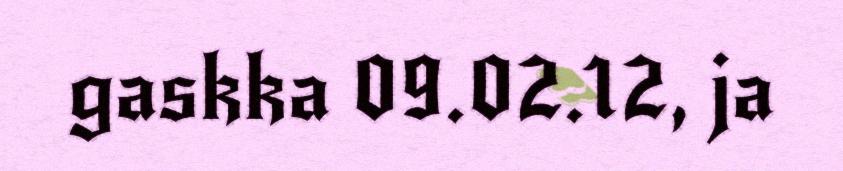
gaskka 09.02.12, ja